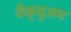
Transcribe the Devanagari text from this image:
वैक्युअम